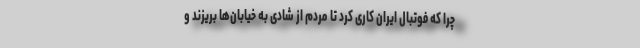
چرا که فوتبال ایران کاری کرد تا مردم از شادی به خیابان‌ها بریزند و